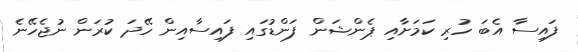
ފައިސާ އެބަ ހުރި ކަމަށާއި ޕެންޝަން ފަންޑުގައި ފައިސާއިން ހޭދަ ކުރަން ނުޖެހޭނެ